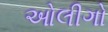
ઓલીગો